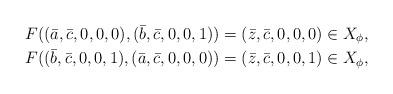
LaTeX: \begin{align*}F((\bar{a},\bar{c},0,0,0),(\bar{b},\bar{c},0,0,1)) & =(\bar{z},\bar{c},0,0,0)\in X_{\phi},\\ F((\bar{b},\bar{c},0,0,1),(\bar{a},\bar{c},0,0,0)) & =(\bar{z},\bar{c},0,0,1)\in X_{\phi},\end{align*}